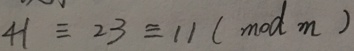
4 1 \equiv 2 3 \equiv 1 1 ( m o d m )